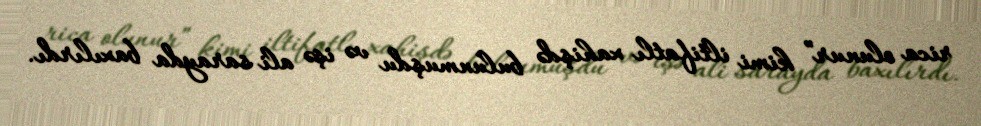
rica olunur” kimi iltifatlı xahişdə bulunmuşdu və işə ali sarayda baxılırdı.